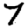
Digit: 7